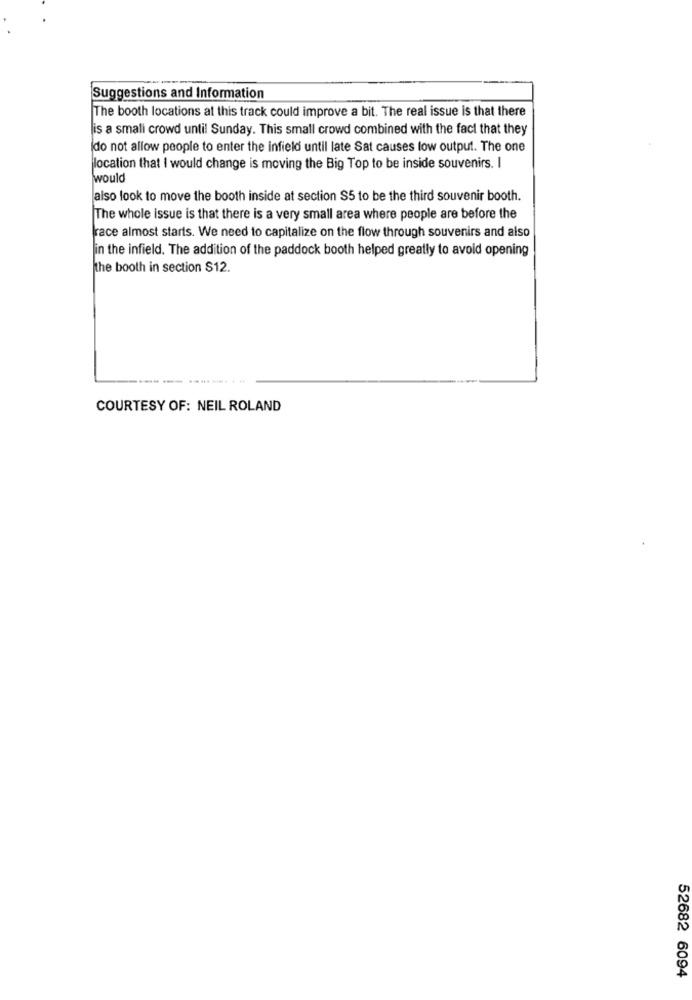
Suggestions and Information
The booth locations at this track could improve a bit. The real issue is that there
lis a small crowd until Sunday. This small crowd combined with the fact that they
klo not allow people to enter the infield until late Sat causes low output. The one
location that I would change is moving the Big Top to be inside souvenirs. I
would
also look to move the booth inside at section $5 to be the third souvenir booth.
The whole issue is that there is a very small area where people are before the
race almost starts. We need to capitalize on the flow through souvenirs and also
in the infield. The addition of the paddock booth helped greatly to avoid opening
the booth in section $12.
COURTESY OF: NEIL ROLAND
52682 6094